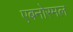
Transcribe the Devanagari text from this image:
एबनोरमल